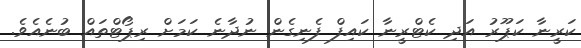
ކަރީނާ ކަޕޫރު އަދި ކެޓްރީނާ ކައިފް ފެނިގެން ނުދާނެ ކަމަށް ރިޕޯޓްތައް ބުނެއެވެ.